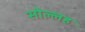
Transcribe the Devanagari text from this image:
सोल्लह